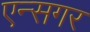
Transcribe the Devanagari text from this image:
एन्सगर